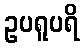
ဥပရူပရိ